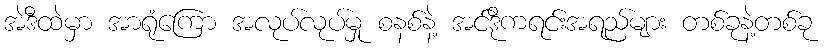
အဲဒီထဲမှာ အာရုံကြော အလုပ်လုပ်မှု စနစ်နဲ့ အင်ဒိုကရင်းအရည်များ တစ်ခုနဲ့တစ်ခု